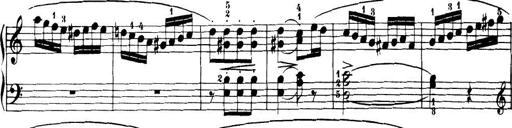
Title: 32 Sonatinas and Rondos for the Piano
Composer: Richard Kleinmichel